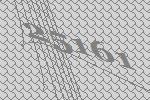
25161